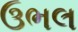
ઉભલ